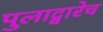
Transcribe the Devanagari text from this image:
पुलाद्वारेच